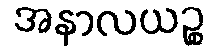
အနာလယဉ္စ